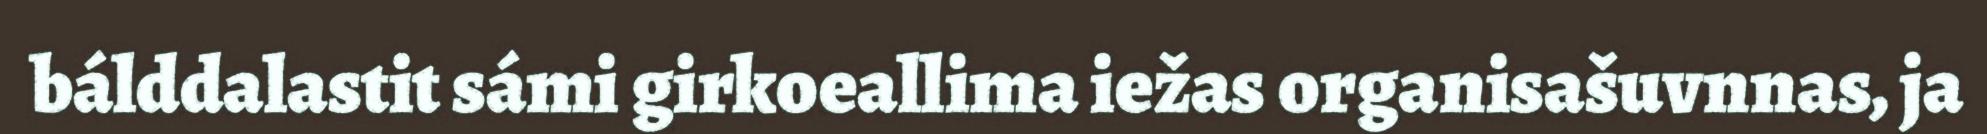
bálddalastit sámi girkoeallima iežas organisašuvnnas, ja